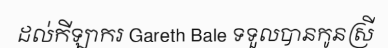
ដល់កីឡាករ Gareth Bale ទទួលបានកូនស្រី